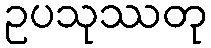
ဥပသုဿတု